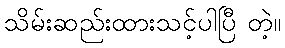
သိမ်းဆည်းထားသင့်ပါပြီ တဲ့။